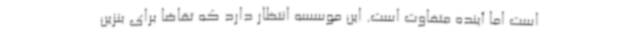
است اما آینده متفاوت است. این موسسه انتظار دارد که تقاضا برای بنزین